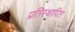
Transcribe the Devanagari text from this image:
प्रतिस्थापित